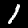
Label: 1